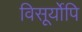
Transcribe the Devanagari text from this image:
विसूर्योपि